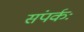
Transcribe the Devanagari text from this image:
संपर्कः